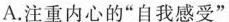
A.注重内心的”自我感受”